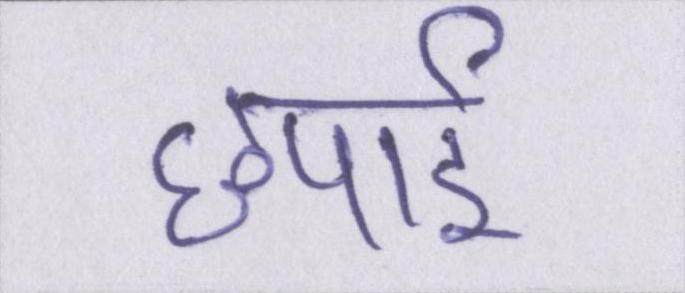
छपाई